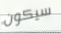
سيكون